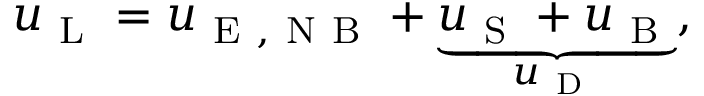
u _ { \mathrm { ~ L ~ } } = u _ { \mathrm { ~ E ~ , ~ N ~ B ~ } } + \underbrace { u _ { \mathrm { ~ S ~ } } + u _ { \mathrm { ~ B ~ } } } _ { u _ { \mathrm { ~ D ~ } } } ,